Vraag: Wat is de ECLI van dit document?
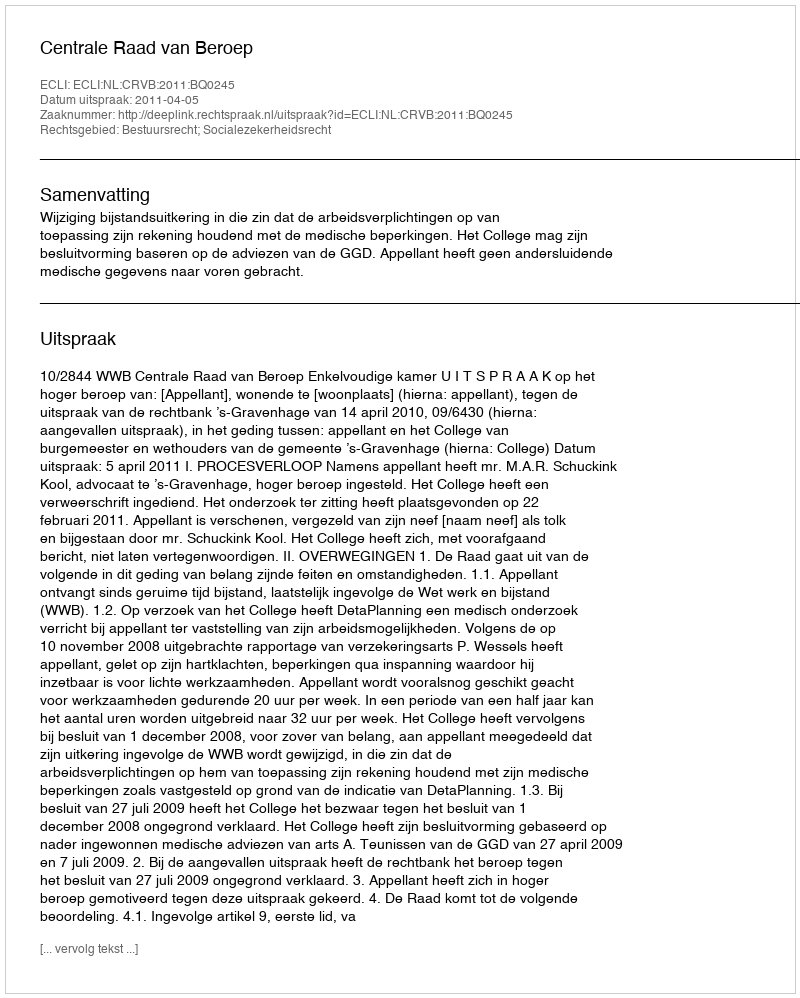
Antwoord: ECLI:NL:CRVB:2011:BQ0245